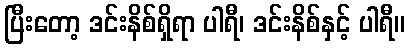
ပြီးတော့ ဒင်းနိစ်ရှိရာ ပါရီ၊ ဒင်းနိစ်နှင့် ပါရီ။